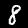
Label: 8